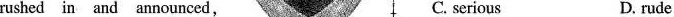
rushed in and announced, C. serious D. rude